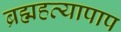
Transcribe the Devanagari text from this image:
ब्रह्महत्यापाप